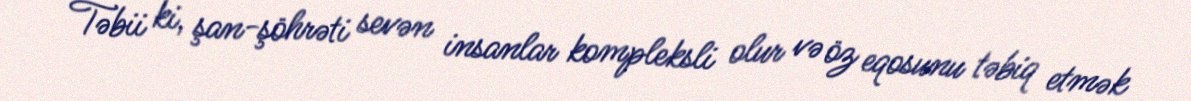
Təbii ki, şan-şöhrəti sevən insanlar kompleksli olur və öz eqosunu təbiq etmək